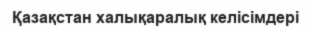
Қазақстан халықаралық келісімдері